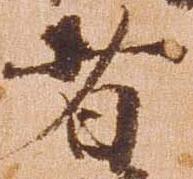
者